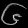
Digit: ၆